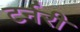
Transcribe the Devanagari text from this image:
टर्नरी